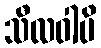
သီလဝါပိ